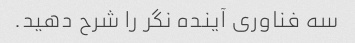
سه فناوری آینده نگر را شرح دهید.